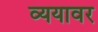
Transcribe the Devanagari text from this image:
व्ययावर